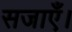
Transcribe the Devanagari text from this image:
सजाएँ।